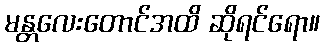
မန္တလေးတောင်အထိ ဆိုရင်ရော။